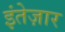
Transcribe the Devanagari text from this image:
इंतेज़ार